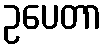
ဥပေတာ